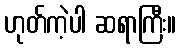
ဟုတ်ကဲ့ပါ ဆရာကြီး။